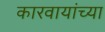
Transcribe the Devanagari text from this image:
कारवायांच्या